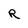
Character: R